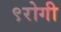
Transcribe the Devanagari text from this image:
९रोगी